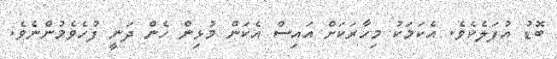
ބޮޑު އުފަލެކެވެ. އެކަމަކު މިހާރަކަށް އައިސް އެކަން މުޅިން ހެން ދަނީ ފުހެވެމުންނެވެ.